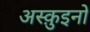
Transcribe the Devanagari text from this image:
अस्क़ुइनो